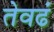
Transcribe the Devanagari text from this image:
तेवढं